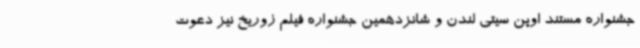
جشنواره مستند اوپن سیتی لندن و شانزدهمین جشنواره فیلم زوریخ نیز دعوت